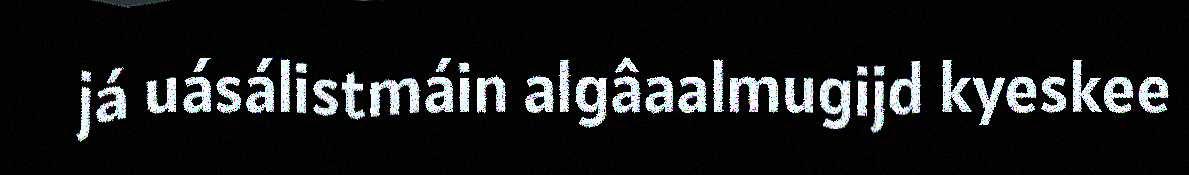
já uásálistmáin algâaalmugijd kyeskee